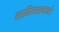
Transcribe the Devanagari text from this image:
साहित्यसन्दर्भ।